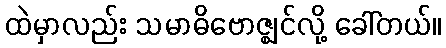
ထဲမှာလည်း သမာဓိဗောဇ္ဈင်လို့ ခေါ်တယ်။